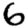
Digit: 6